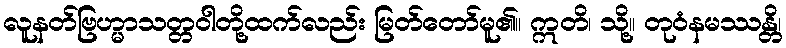
လူနတ်ဗြဟ္မာသတ္တဝါတို့ထက်လည်း မြတ်တော်မူ၏။ ဣတိ၊ သို့။ တုဝံနမဿန္တိ၊